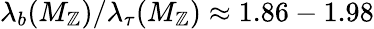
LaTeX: \lambda_{b}(M_{\mathbb{Z}})/\lambda_{\tau}(M_{\mathbb{Z}})\approx1.86-1.98